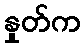
နှုတ်က